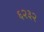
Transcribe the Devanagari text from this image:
६२३२